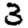
Digit: 3